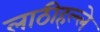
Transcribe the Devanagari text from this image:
लाठीहल्ले